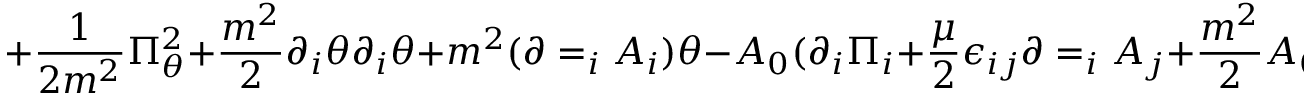
+ { \frac { 1 } { 2 m ^ { 2 } } } \Pi _ { \theta } ^ { 2 } + { \frac { m ^ { 2 } } { 2 } } \partial _ { i } \theta \partial _ { i } \theta + m ^ { 2 } ( \partial = _ { i } A _ { i } ) \theta - A _ { 0 } ( \partial _ { i } \Pi _ { i } + { \frac { \mu } { 2 } } \epsilon _ { i j } \partial = _ { i } A _ { j } + { \frac { m ^ { 2 } } { 2 } } A _ { 0 } ) ,